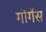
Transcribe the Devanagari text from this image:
गोर्गेस